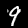
Label: 9